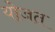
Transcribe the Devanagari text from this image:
योजत